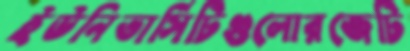
ইউনিভার্সিটিগুলোরজেটি